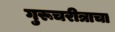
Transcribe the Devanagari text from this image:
गुरूचरीत्राचा